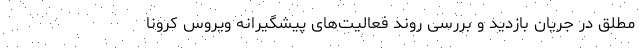
مطلق در جریان بازدید و بررسی روند فعالیت‌های پیشگیرانه ویروس کرونا